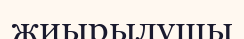
жиырылушы